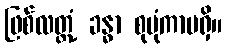
ဖြစ်လတ္တံ့ ခန္ဓာ စုပုံကာမရှိ။